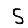
Digit: 5